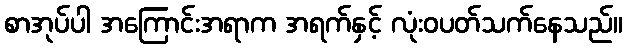
စာအုပ်ပါ အကြောင်းအရာက အရက်နှင့် လုံးဝပတ်သက်နေသည်။